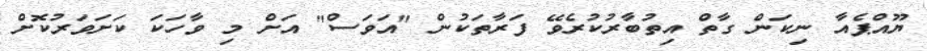
ޔޫއްޕެއާ ނިކަން ގާތް އިތުބާރުކުރެވޭ ފަރާތަކުން "އަވަސް" އަށް މި ވާހަކަ ކަށަވަރުކޮށް